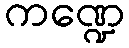
ကဏ္ဍေ